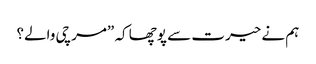
ہم نے حیرت سے پوچھا کہ ”مرچی والے؟